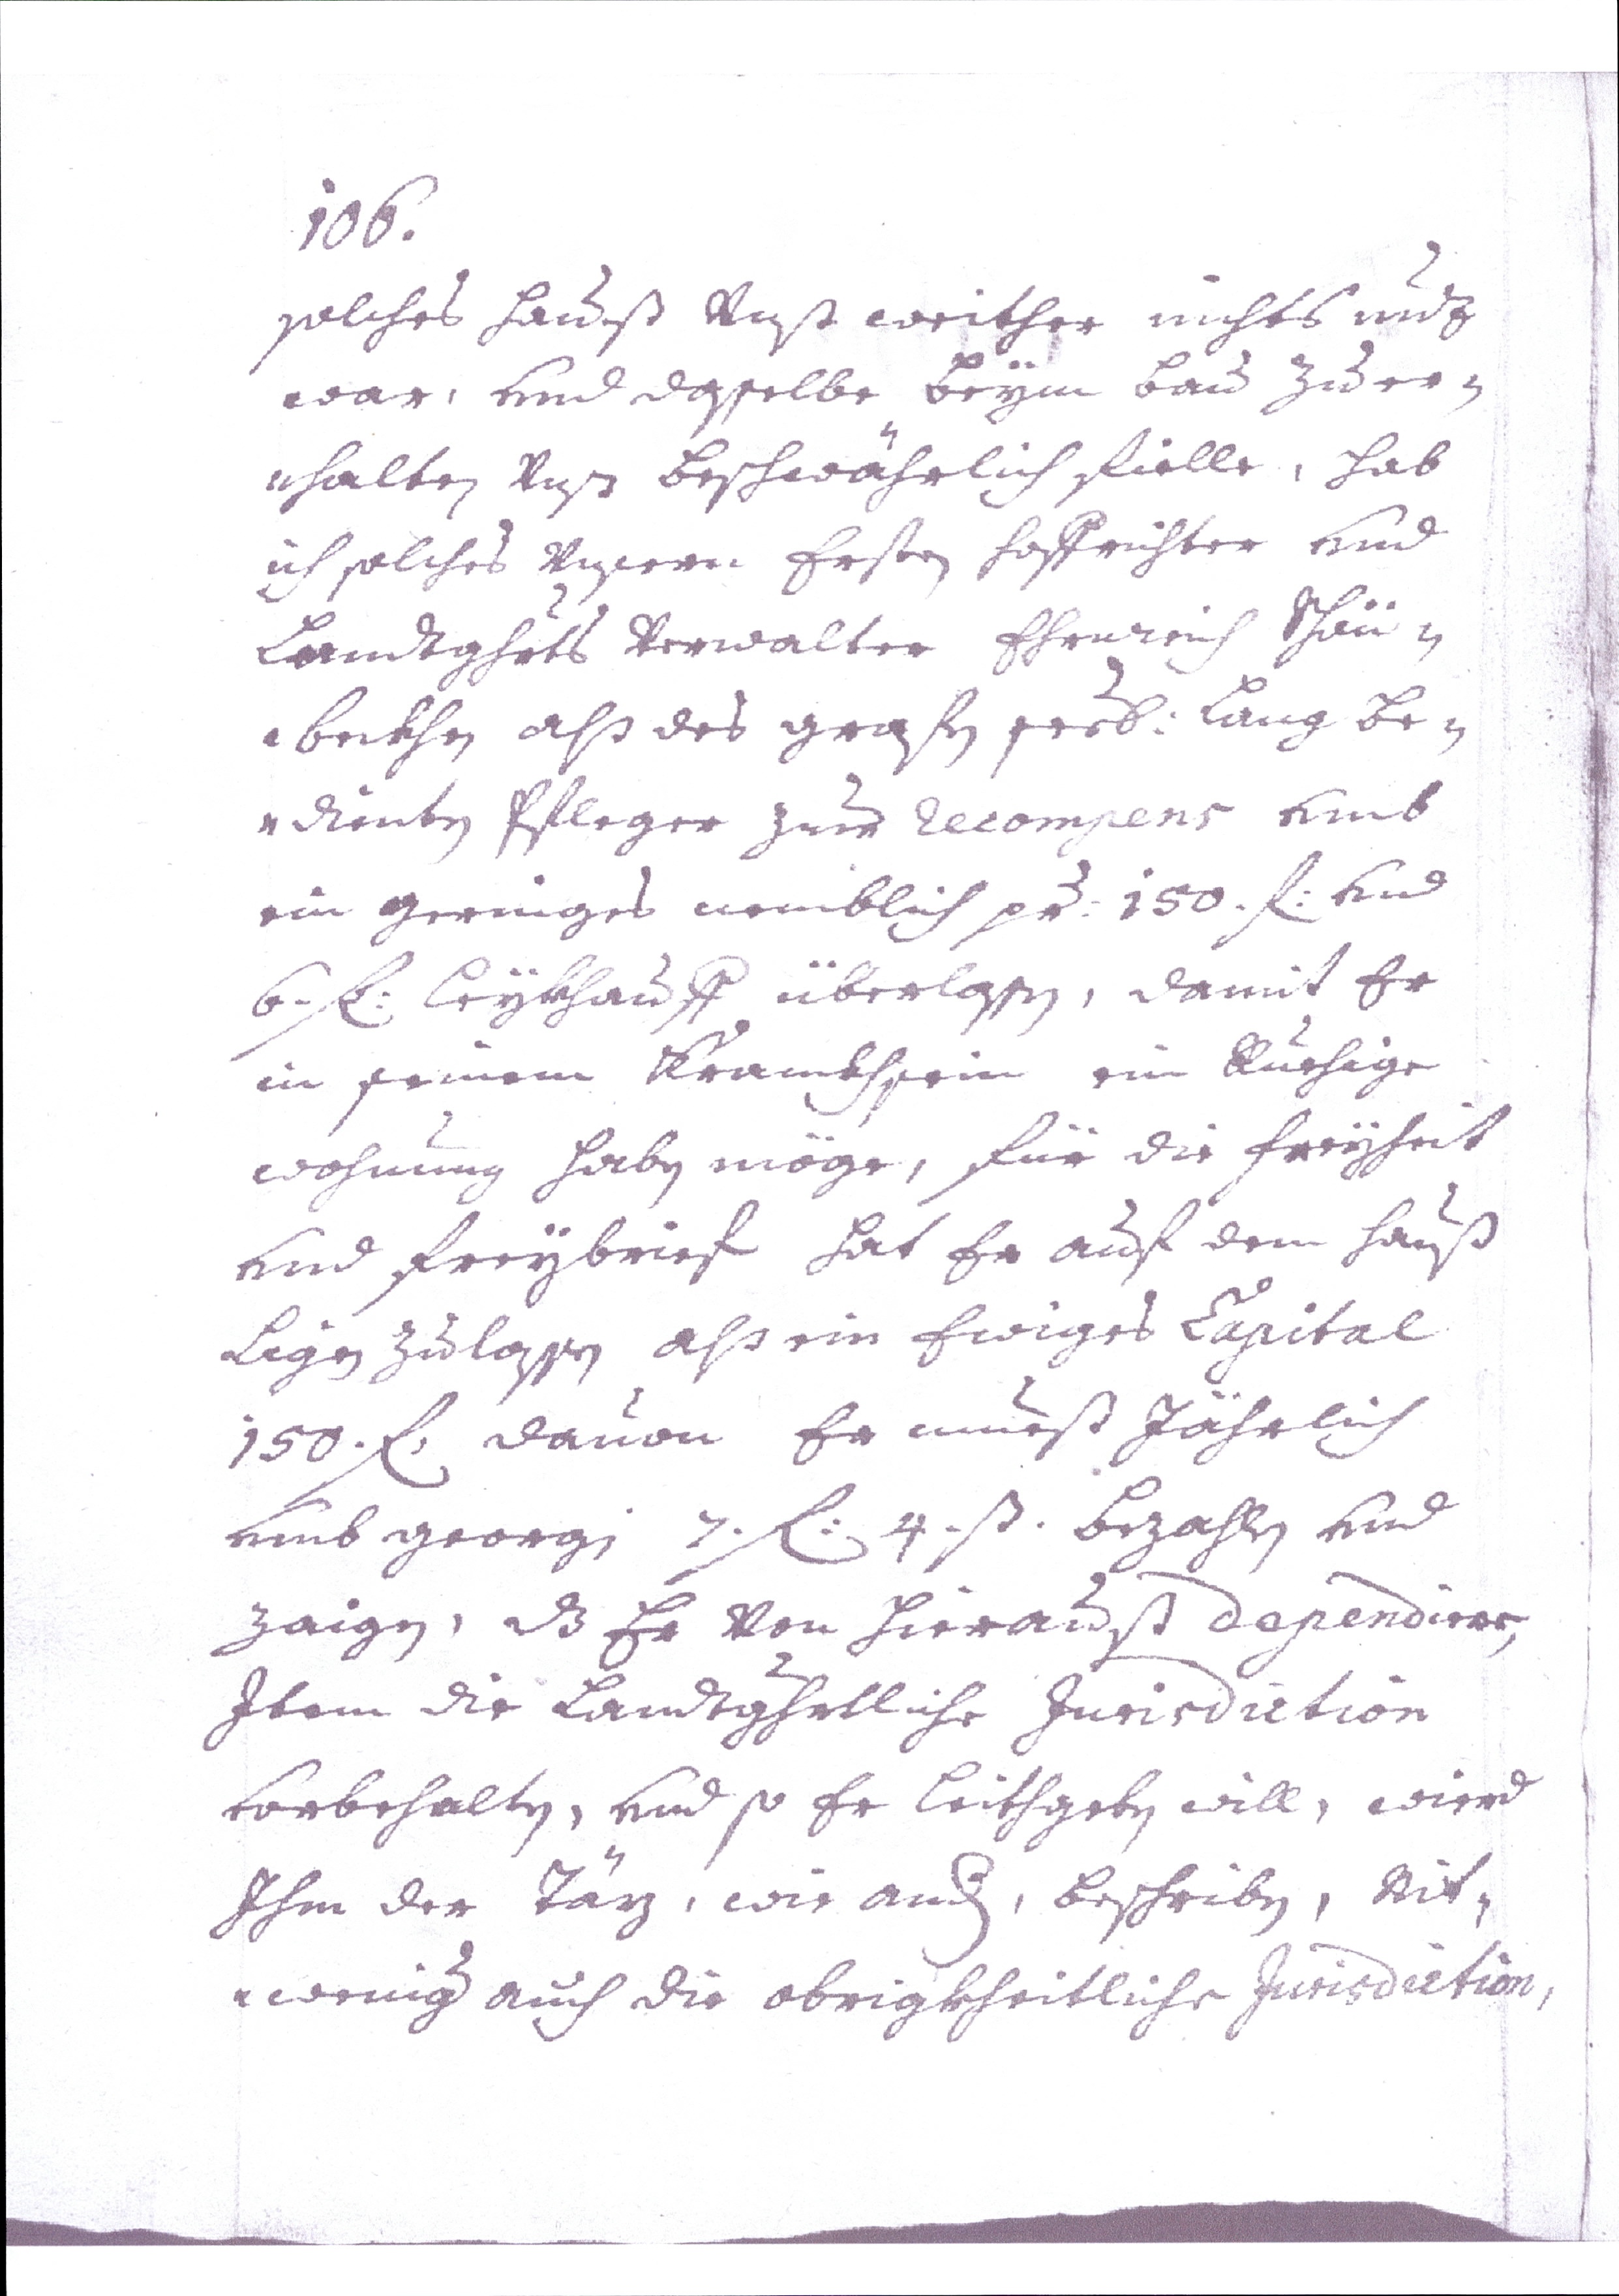
106.
solches Hauß vest weither nichts nutz
war, vnd dasselbe Beym Bau zu er¬
halten Uns beschwährlich fielle, hab
ich solches Unseren Ersten Hofrichter vnd
Landtghuts Verwalter Ehrnreich Schön¬
beckher als des grafen pres: Lang Be¬
dienter Pfleger zum decompens vmb
ein geringes nemblich pr: 150. fl. vnd
6.fl: beykhauff überlassen, damit Er
in seinem Kranckhsein ein Ruehige
wohnung haben möge, Für die Freyheit
vnd Freybrief hat Er auf dem Hauß
Ligen Zulassen als ein Ewiges Capital
150. fl. davon Er mueßt Jährlich
vmb georgi 7. fl: 4 ß. Bezahlen vnd
zaigen, daß Er Von Hierraust dependiere,
Item die Landtghrtliche Jurisdiction
vorbehalten, vnd so Er leithgeben will, wird
Ihm der Täz, wie and, beschrieben, Nit¬
weniger auch die obrigkheitliche Jurisdiction,